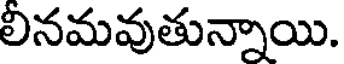
లినమవుతున్నాయి.